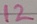
Text: 12